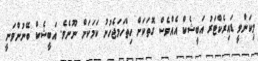
މިކަންވީ ޑައިރެކްޓަރު އަބީޝެކް އެއްވެސް ގޮތަކަށް ހިތްހަމަޖެހުނު ކަމަކަށް ނޫނެވެ. އަބީޝެކް ބޭނުންވަނީ